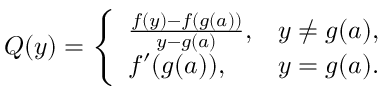
Q ( y ) = { \left\{ \begin{array} { l l } { { \frac { f ( y ) - f ( g ( a ) ) } { y - g ( a ) } } , } & { y \neq g ( a ) , } \\ { f ^ { \prime } ( g ( a ) ) , } & { y = g ( a ) . } \end{array} \right. }